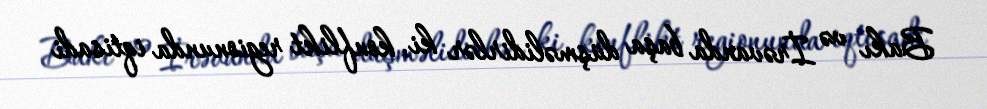
Bakı və İrəvanda başa düşməlidirlər ki, konflikt regionunda iqtisadi